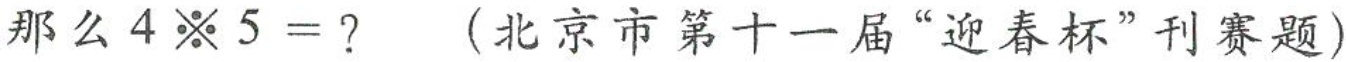
那么是4 ※ 5 = ?$$ (北京市第十一届“迎春杯”刊赛题)